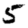
Digit: 5